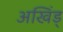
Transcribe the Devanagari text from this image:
अखिंड्